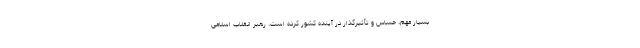
بسیار مهم، حساس و تأثیرگذار در آینده کشور کرده است. رهبر انقلاب اسلامی